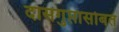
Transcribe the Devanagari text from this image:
दासगुप्तासोबत